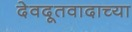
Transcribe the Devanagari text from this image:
देवदूतवादाच्या